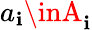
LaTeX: a_{\mathbf{i}}\inA_{\mathbf{i}}